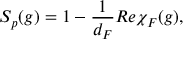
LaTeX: { \cal S } _ { p } ( g ) = 1 - \frac { 1 } { d _ { F } } R e \chi _ { F } ( g ) ,